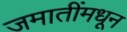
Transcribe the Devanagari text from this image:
जमातींमधून